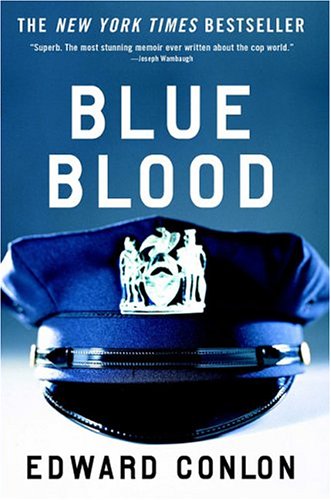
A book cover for Blue Blood; Edward Conlon; Biographies & Memoirs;